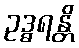
ဥဒ္ဓရန္တိ